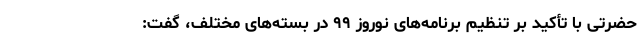
حضرتی با تأکید بر تنظیم برنامه‌های نوروز ۹۹ در بسته‌های مختلف، گفت: